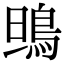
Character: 鴠